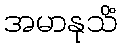
အမာနုသိံ